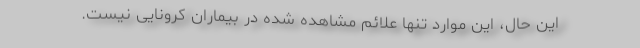
این حال، این موارد تنها علائم مشاهده شده در بیماران کرونایی نیست.